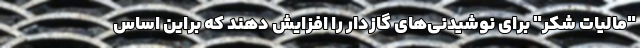
"مالیات شکر" برای نوشیدنی‌های گازدار را افزایش دهند که براین اساس